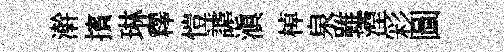
澣擯琳釋愷謔滇棹泉雖湮彩圖